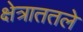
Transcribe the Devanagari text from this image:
क्षेत्राततले